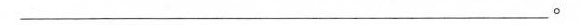
__________________________________。